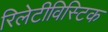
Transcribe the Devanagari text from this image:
रिलेटीविस्टिक